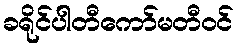
ခရိုင်ပါတီကော်မတီဝင်